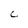
Character: C